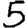
Digit: 5